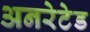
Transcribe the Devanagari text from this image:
अनरेटेड